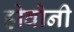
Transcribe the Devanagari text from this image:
होवोनी